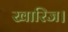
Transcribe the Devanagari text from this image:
खारिज।